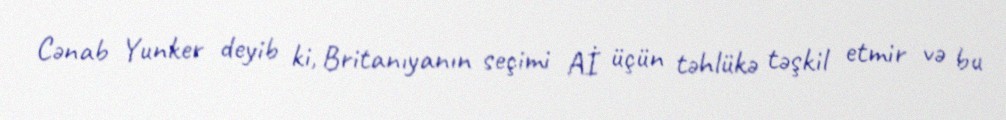
Cənab Yunker deyib ki, Britanıyanın seçimi Aİ üçün təhlükə təşkil etmir və bu